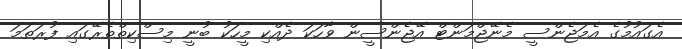
އެގައުމުގެ އެމަޖެންސީ މެނޭޖްމަންޓް އޭޖެންސީން ވާހަކަ ދެއްކި މީހަކު ބުނީ މިސްކިތްތެރޭގައި ފުރަތަމަ